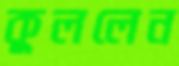
কুললেন